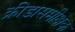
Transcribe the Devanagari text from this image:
क्रीडासमीक्षक